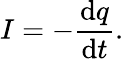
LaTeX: I=-{\frac{\mathrm{d}q}{\mathrm{d}t}}.